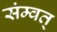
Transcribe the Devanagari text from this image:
संम्वत्